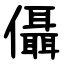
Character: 㒤